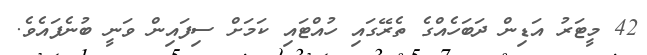
42 މީޓަރު އަޑިން ދަބަހެއްގެ ތެރޭގައި ހުއްޓައި ކަމަށް ސިފައިން ވަނީ ބުނެފައެވެ.